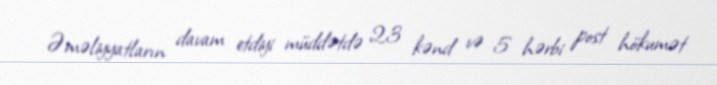
Əməliyyatların davam etdiyi müddətdə 23 kənd və 5 hərbi post hökumət